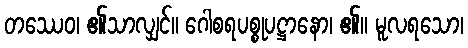
တဿေဝ၊ ၏သာလျှင်။ ဂေါစရပစ္စုပဋ္ဌာနော၊ ၏။ မူလရသော၊